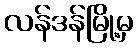
လန်ဒန်မြို့မှ